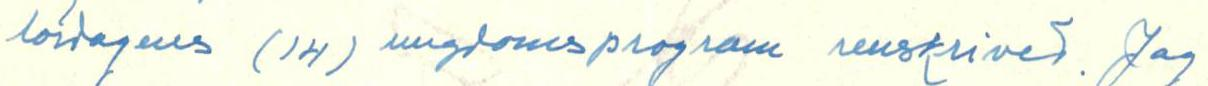
lördagens (14) ungdomsprogram renskrivet. Jag